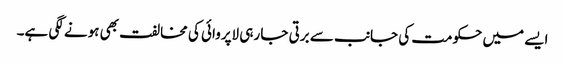
ایسے میں حکومت کی جانب سے برتی جا رہی لاپروائی کی مخالفت بھی ہونے لگی ہے۔